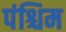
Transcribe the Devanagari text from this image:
पंश्चिम